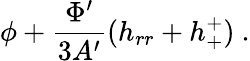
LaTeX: \phi+\frac{\Phi^{\prime}}{3A^{\prime}}(h_{rr}+h_{+}^{+})~.